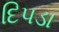
દિપડા